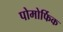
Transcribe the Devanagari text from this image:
पोमोर्फिक